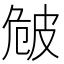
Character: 𤿡